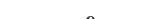
١١٥